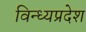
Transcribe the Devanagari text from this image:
विन्ध्यप्रदेश